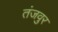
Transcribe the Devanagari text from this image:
तंजवुर